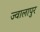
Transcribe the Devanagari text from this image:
ज्‍वालापुर